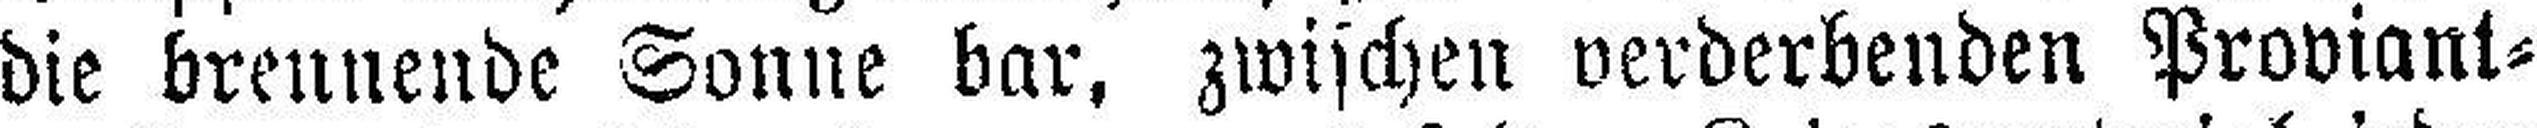
die brennende Sonne bar, zwischen verderbenden Proviant¬